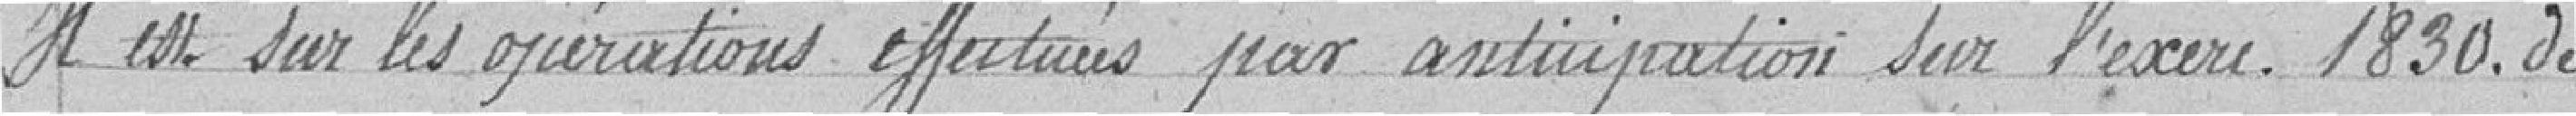
Il est sur les opérations effectuées par anticipation sur l'exercice1830. de